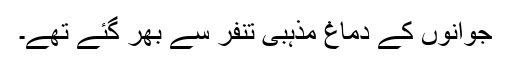
جوانوں کے دماغ مذہبی تنفر سے بھر گئے تھے۔